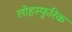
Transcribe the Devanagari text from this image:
लोहस्फुरिक